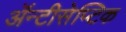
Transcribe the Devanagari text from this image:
ॲन्टीसेप्टिक